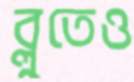
ব্লুতেও